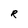
Character: R